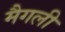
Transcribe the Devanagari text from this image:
मैगली